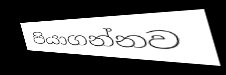
පියාගන්නව